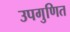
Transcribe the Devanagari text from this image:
उपगुणित